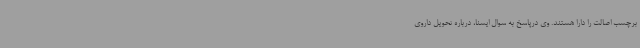
برچسب اصالت را دارا هستند. وی درپاسخ به سوال ایسنا، درباره تحویل داروی